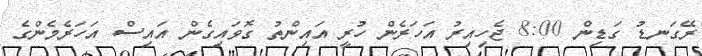
ރޭގަނޑު ގަޑިން 8:00 ޖެހިއިރު އަހަރެން ހުރީ އައިންތު ގޮވައިގެން އައިސް އަހަރެމެންގެ